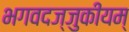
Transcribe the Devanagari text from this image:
भगवदज्जुकीयम्‌